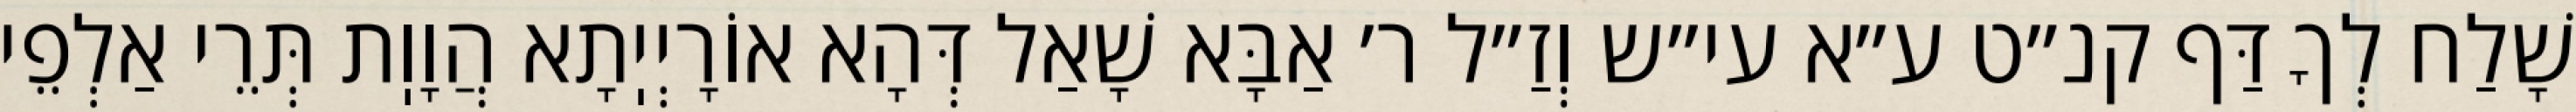
שָׁלַח לְךָ דַּף קנ״ט ע״א עי״ש וְזַ״ל ר׳ אַבָּא שָׁאַל דְּהָא אוֹרָיְיֽתָא הֲוָוֽת תְּרֵי אַלְפֵי